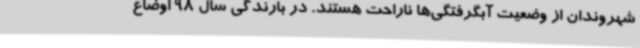
شهروندان از وضعیت آبگرفتگی‌ها ناراحت هستند. در بارندگی سال 98 اوضاع